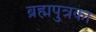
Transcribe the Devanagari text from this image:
ब्रह्मपुत्रका